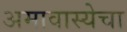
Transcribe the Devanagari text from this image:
अमावास्येचा